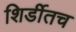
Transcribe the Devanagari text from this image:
शिर्डीतच